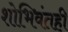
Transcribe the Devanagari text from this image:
शोभिवंतही